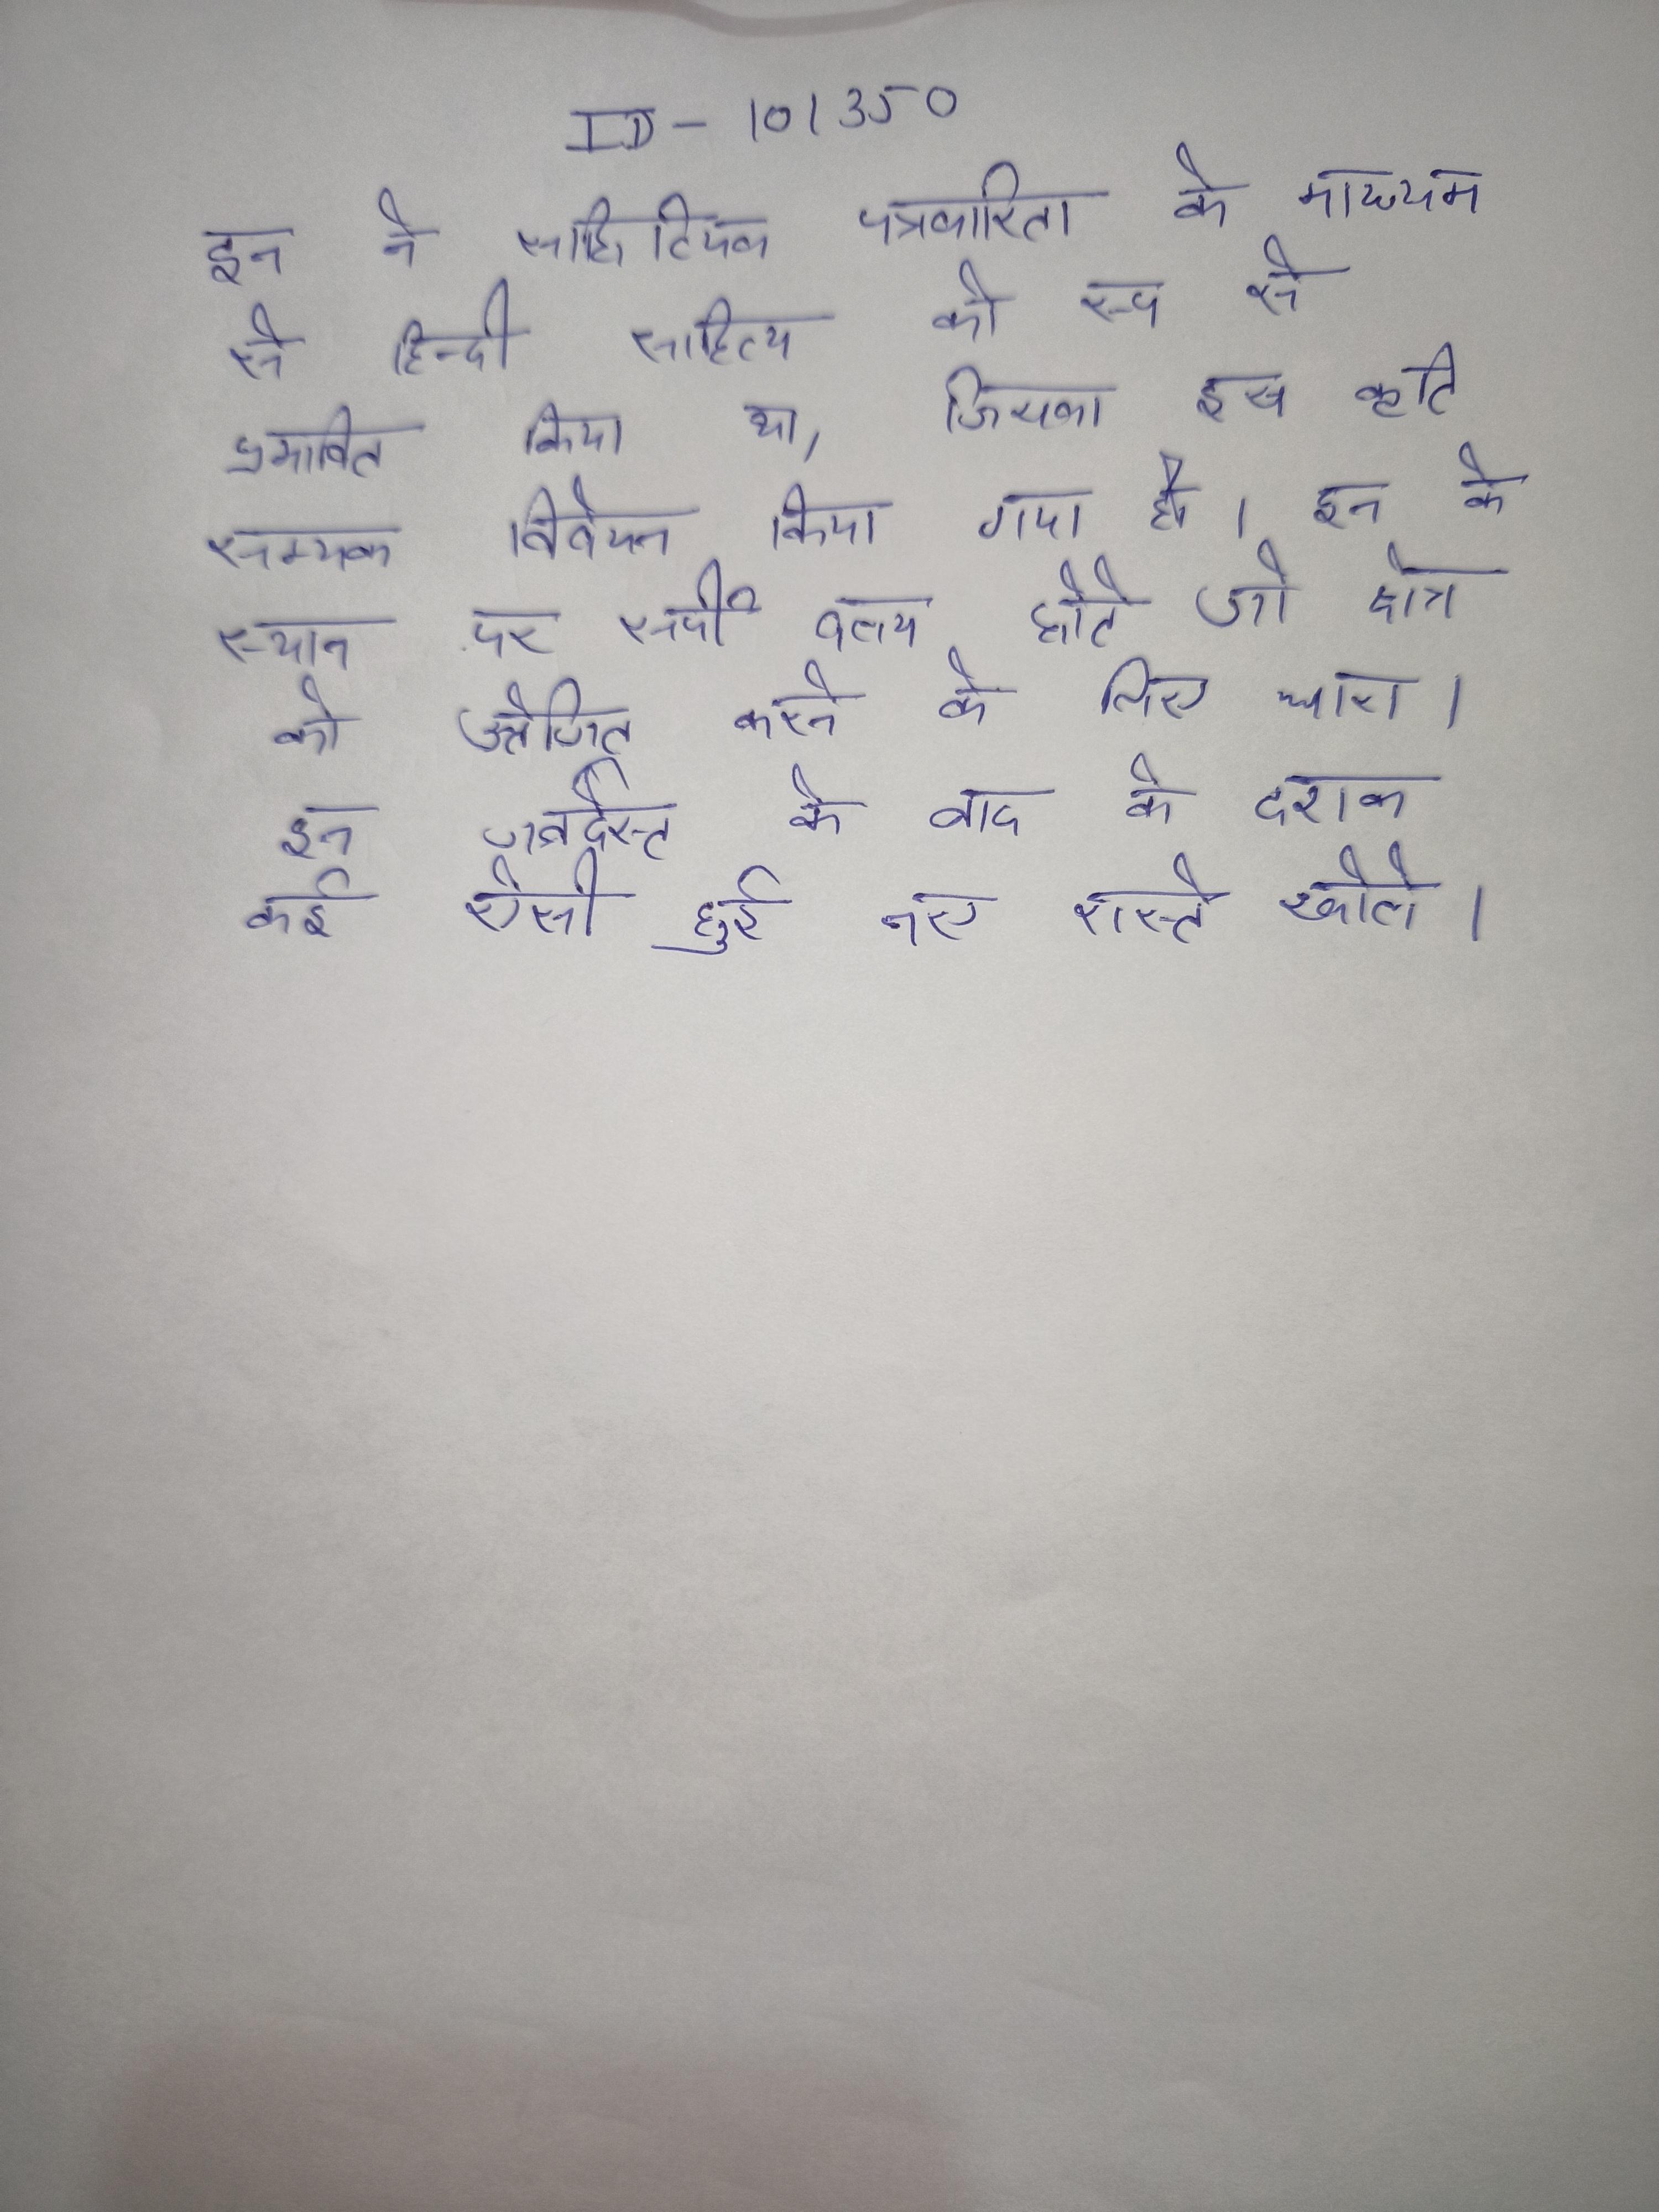
इन ने साहित्यिक पत्रकारिता के माध्यम से हिन्दी साहित्य को रूप से प्रभावित किया था, जिसका इस कृति सम्यक विवेचन किया गया है । इन के स्थान पर सर्पी वलय होते जो क्षेत्र को उत्तेजित करने के लिए धारा । इन जबर्दस्त के बाद के दशक कई ऐसी हुई नए रास्ते खोले ।